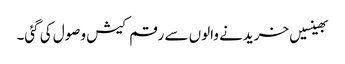
بھینسیں خریدنے والوں سے رقم کیش وصول کی گئی۔